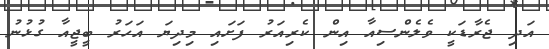
އަދި ޖެރާޑަކީ ވެލެންސިއާ އިން ކެރިއަރު ފަށައި މިދިޔަ އަހަރު ބީޖީއާ ގުޅުނު